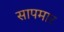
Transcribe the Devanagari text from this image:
सापमार